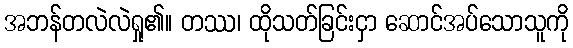
အဘန်တလဲလဲရှု၏။ တဿ၊ ထိုသတ်ခြင်းငှာ ဆောင်အပ်သောသူကို